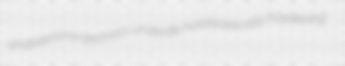
unabsentmindedness underlife holoblastically hoydening